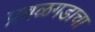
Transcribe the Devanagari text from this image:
प्रबळगडाचा